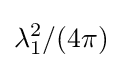
\lambda _{1}^{2}/(4\pi )